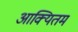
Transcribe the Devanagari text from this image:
आक्यितम